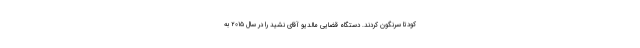
کودتا سرنگون کردند. دستگاه قضایی مالدیو آقای نشید را در سال ۲۰۱۵ به